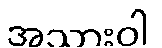
အသားဝါ